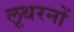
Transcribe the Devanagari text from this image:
लूथरनों